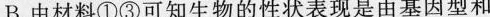
B.由材料①③可知生物的性状表现是由基因型和